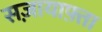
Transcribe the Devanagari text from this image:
सज़ायाफ़्ता